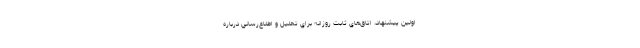
اولين پيشنهاد، اتاق‌هاي ثابت روزانه براي تحليل و اطلاع‌رساني درباره